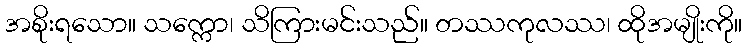
အစိုးရသော။ သက္ကော၊ သိကြားမင်းသည်။ တဿကုလဿ၊ ထိုအမျိုးကို။